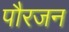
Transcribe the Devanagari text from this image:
पौरजन